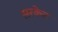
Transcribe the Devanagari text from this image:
सरकेल